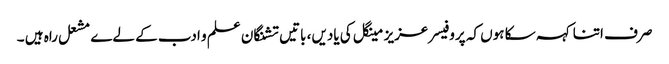
صرف اتنا کہہ سکا ہوں کہ پروفیسر عزیز مینگل کی یادیں، باتیں تشنگان علم و ادب کے لےے مشعل راہ ہیں ۔